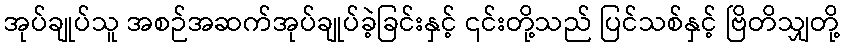
အုပ်ချုပ်သူ အစဉ်အဆက်အုပ်ချုပ်ခဲ့ခြင်းနှင့် ၎င်းတို့သည် ပြင်သစ်နှင့် ဗြိတိသျှတို့